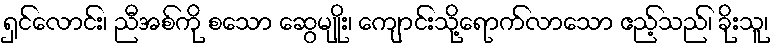
ရှင်လောင်း၊ ညီအစ်ကို စသော ဆွေမျိုး၊ ကျောင်းသို့ရောက်လာသော ဧည့်သည်၊ ခိုးသူ၊